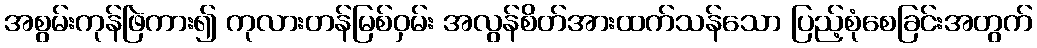
အစွမ်းကုန်ဖြဲကား၍ ကုလားတန်မြစ်ဝှမ်း အလွန်စိတ်အားထက်သန်သော ပြည့်စုံစေခြင်းအတွက်